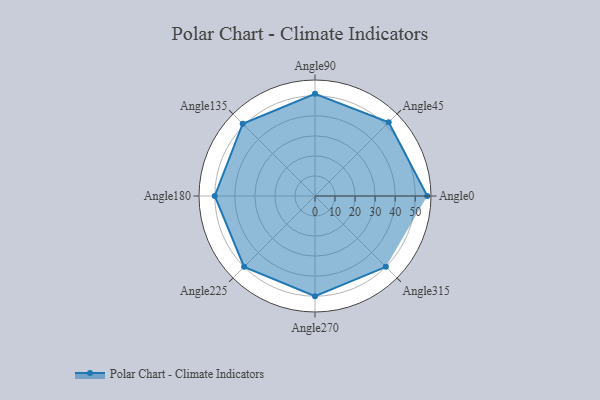
{"axis": {"x": "Angle", "y": "Radius"}, "legend": [""], "data": [{"x": "Angle0", "y": 56.0, "type": ""}, {"x": "Angle45", "y": 52.0, "type": ""}, {"x": "Angle90", "y": 51.0, "type": ""}, {"x": "Angle135", "y": 51.0, "type": ""}, {"x": "Angle180", "y": 50, "type": ""}, {"x": "Angle225", "y": 50, "type": ""}, {"x": "Angle270", "y": 50, "type": ""}, {"x": "Angle315", "y": 50, "type": ""}]}